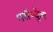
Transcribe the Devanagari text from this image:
पर्सेप्चुँल